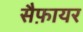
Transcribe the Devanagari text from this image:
सैफ़ायर